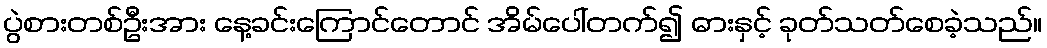
ပွဲစားတစ်ဦးအား နေ့ခင်းကြောင်တောင် အိမ်ပေါ်တက်၍ ဓားနှင့် ခုတ်သတ်စေခဲ့သည်။